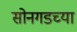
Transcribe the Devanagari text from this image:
सोनगडच्या